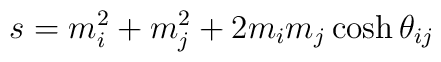
s=m_{i}^{2}+m_{j}^{2}+2m_{i}m_{j}\cosh \theta _{ij}